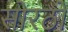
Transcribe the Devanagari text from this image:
सोरठों